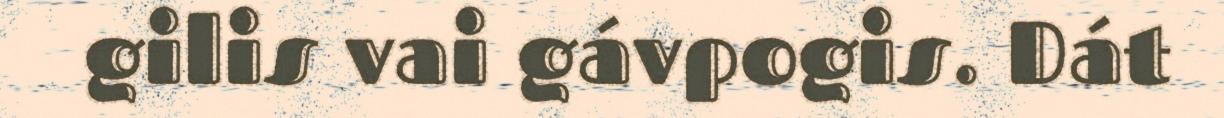
gilis vai gávpogis. Dát